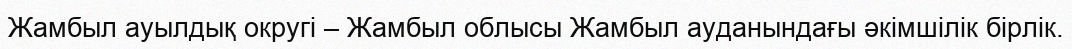
Жамбыл ауылдық округі – Жамбыл облысы Жамбыл ауданындағы әкімшілік бірлік.